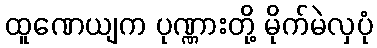
ထူဏေယျက ပုဏ္ဏားတို့ မိုက်မဲလှပုံ